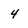
Character: 4